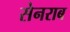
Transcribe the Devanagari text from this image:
सेनराब